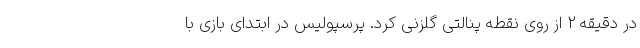
در دقیقه ۲ از روی نقطه پنالتی گلزنی کرد. پرسپولیس در ابتدای بازی با